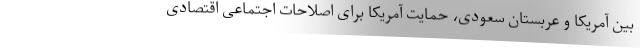
بین آمریکا و عربستان سعودی، حمایت آمریکا برای اصلاحات اجتماعی اقتصادی